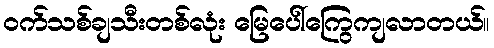
၀က်သစ်ချသီးတစ်လုံး မြေပေါ်ကြွေကျလာတယ်။